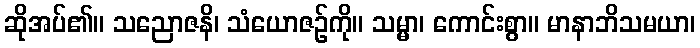
ဆိုအပ်၏။ သညောဇနိ၊ သံယောဇဉ်ကို။ သမ္မာ၊ ကောင်းစွာ။ မာနာဘိသမယာ၊